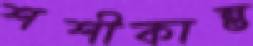
শশীকান্ত